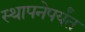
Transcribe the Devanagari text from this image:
स्थापनेपर्यंत